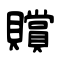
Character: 贘